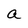
Character: a